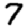
Digit: 7